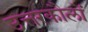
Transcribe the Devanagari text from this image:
उत्तरकौलों